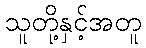
သူတို့နှင့်အတူ